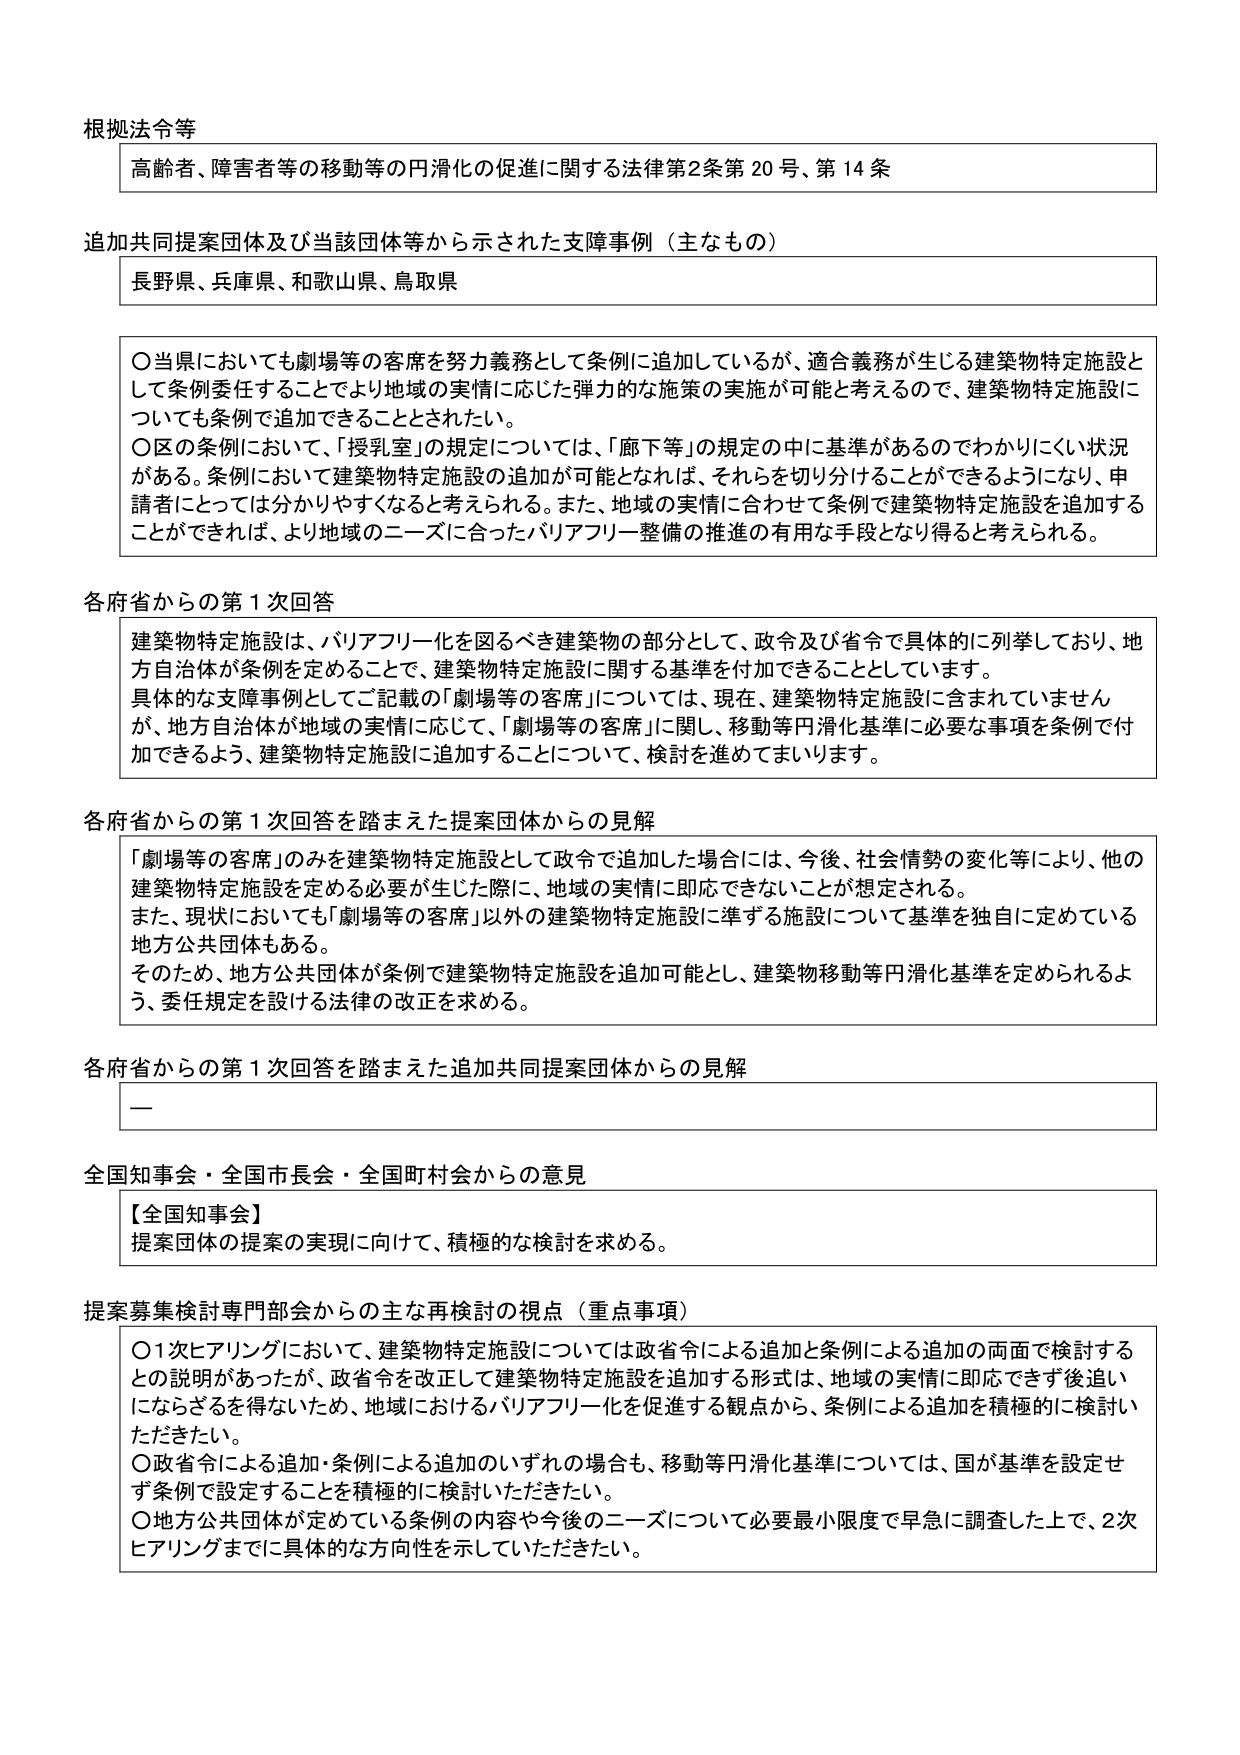
根拠法令等
高齢者、障害者等の移動等の円滑化の促進に関する法律第2条第20号、第14条

追加共同提案団体及び当該団体等から示された支障事例（主なもの）
長野県、兵庫県、和歌山県、鳥取県

〇当県においても劇場等の客席を努力義務として条例に追加しているが、適合義務が生じる建築物特定施設として条例委任することでより地域の実情に応じた弾力的な施策の実施が可能と考えるので、建築物特定施設についても条例で追加できることとされたい。
〇区の条例において、「授乳室」の規定については、「廊下等」の規定の中に基準があるのでわかりにくい状況がある。条例において建築物特定施設の追加が可能となれば、それらを切り分けることができるようになり、申請者にとっては分かりやすくなると考えられる。また、地域の実情に合わせて条例で建築物特定施設を追加することができれば、より地域のニーズに合ったバリアフリー整備の推進の有用な手段となり得ると考えられる。

各府省からの第1次回答
建築物特定施設は、バリアフリー化を図るべき建築物の部分として、政令及び省令で具体的に列挙しており、地方自治体が条例を定めることで、建築物特定施設に関する基準を付加できることとしています。
具体的な支障事例としてご記載の「劇場等の客席」については、現在、建築物特定施設に含まれていませんが、地方自治体が地域の実情に応じて、「劇場等の客席」に関し、移動等円滑化基準に必要な事項を条例で付加できるよう、建築物特定施設に追加することについて、検討を進めてまいります。

各府省からの第1次回答を踏まえた提案団体からの見解
「劇場等の客席」のみを建築物特定施設として政令で追加した場合には、今後、社会情勢の変化等により、他の建築物特定施設を定める必要が生じた際に、地域の実情に即応できないことが想定される。
また、現状においても「劇場等の客席」以外の建築物特定施設に準ずる施設について基準を独自に定めている地方公共団体もある。
そのため、地方公共団体が条例で建築物特定施設を追加可能とし、建築物移動等円滑化基準を定められるよう、委任規定を設ける法律の改正を求める。

各府省からの第1次回答を踏まえた追加共同提案団体からの見解
ー

全国知事会・全国市長会・全国町村会からの意見
【全国知事会】
提案団体の提案の実現に向けて、積極的な検討を求める。

提案募集検討専門部会からの主な再検討の視点（重点事項）
〇1次ヒアリングにおいて、建築物特定施設については政省令による追加と条例による追加の両面で検討するとの説明があったが、政省令を改正して建築物特定施設を追加する形式は、地域の実情に即応できず後追いにならざるを得ないため、地域におけるバリアフリー化を促進する観点から、条例による追加を積極的に検討いただきたい。
〇政省令による追加・条例による追加のいずれの場合も、移動等円滑化基準については、国が基準を設定せず条例で設定することを積極的に検討いただきたい。
〇地方公共団体が定めている条例の内容や今後のニーズについて必要最小限度で早急に調査した上で、2次ヒアリングまでに具体的な方向性を示していただきたい。